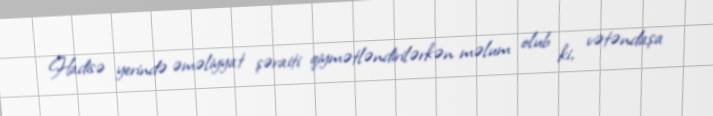
Hadisə yerində əməliyyat şəraiti qiymətləndirilərkən məlum olub ki, vətəndaşa